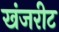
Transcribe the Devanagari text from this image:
खंजरीट